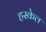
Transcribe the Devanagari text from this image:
हस्केल